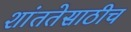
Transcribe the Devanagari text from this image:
शांततेसाठीच